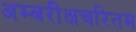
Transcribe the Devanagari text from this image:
अम्बरीक्षचरितम